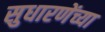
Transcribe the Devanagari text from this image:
सुधारणेंच्या